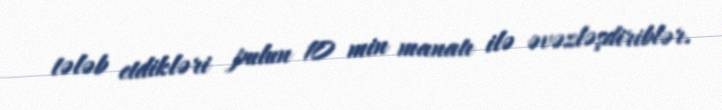
tələb etdikləri pulun 10 min manatı ilə əvəzləşdiriblər.